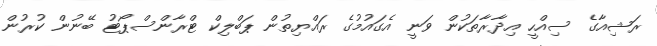
ރަޝިއާގެ ސިއްހީ އިދާރާތަކުން ވަނީ އެގައުމުގެ ރައްޔިތުން ޕަބްލިކް ޓްރާންސްޕޯޓު ބޭނުން ކުރުން